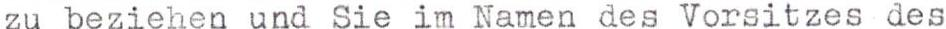
zu beziehen und Sie im Namen des Vorsitzes des